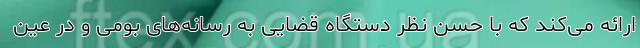
ارائه می‌کند که با حسن نظر دستگاه قضایی به رسانه‌های بومی و در عین